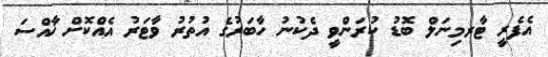
އެފެރީ ޓާރމިނަލް ބޮޑު ކުރަންވީ ދެކުުނު ހާބަރުގެ އުތުރު ވާޓަރު އެއްކޮށް ޚާއްސަ